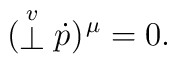
(\stackrel{\scriptstyle v}{\bot }{\dot{p}})^{\hskip0.3mm\mu }=0.